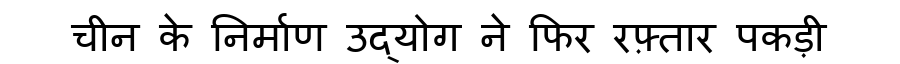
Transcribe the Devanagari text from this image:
चीन के निर्माण उद्योग ने फिर रफ़्तार पकड़ी